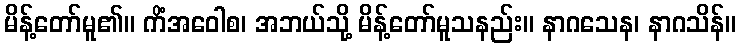
မိန့်တော်မူ၏။ ကိံအဝေါစ၊ အဘယ်သို့ မိန့်တော်မူသနည်း။ နာဂသေန၊ နာဂသိန်။